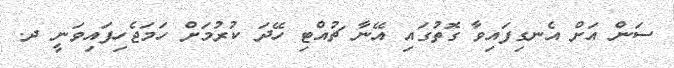
ސަން އަށް އެނގިފައިވާ ގޮތުގައި އޭނާ ޗުއްޓި ހޭދަ ކުރުމަށް ހަމަޖެހިފައިވަނީ ދ.